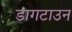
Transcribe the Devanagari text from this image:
डागटाउन